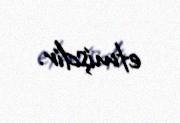
etmişdir.